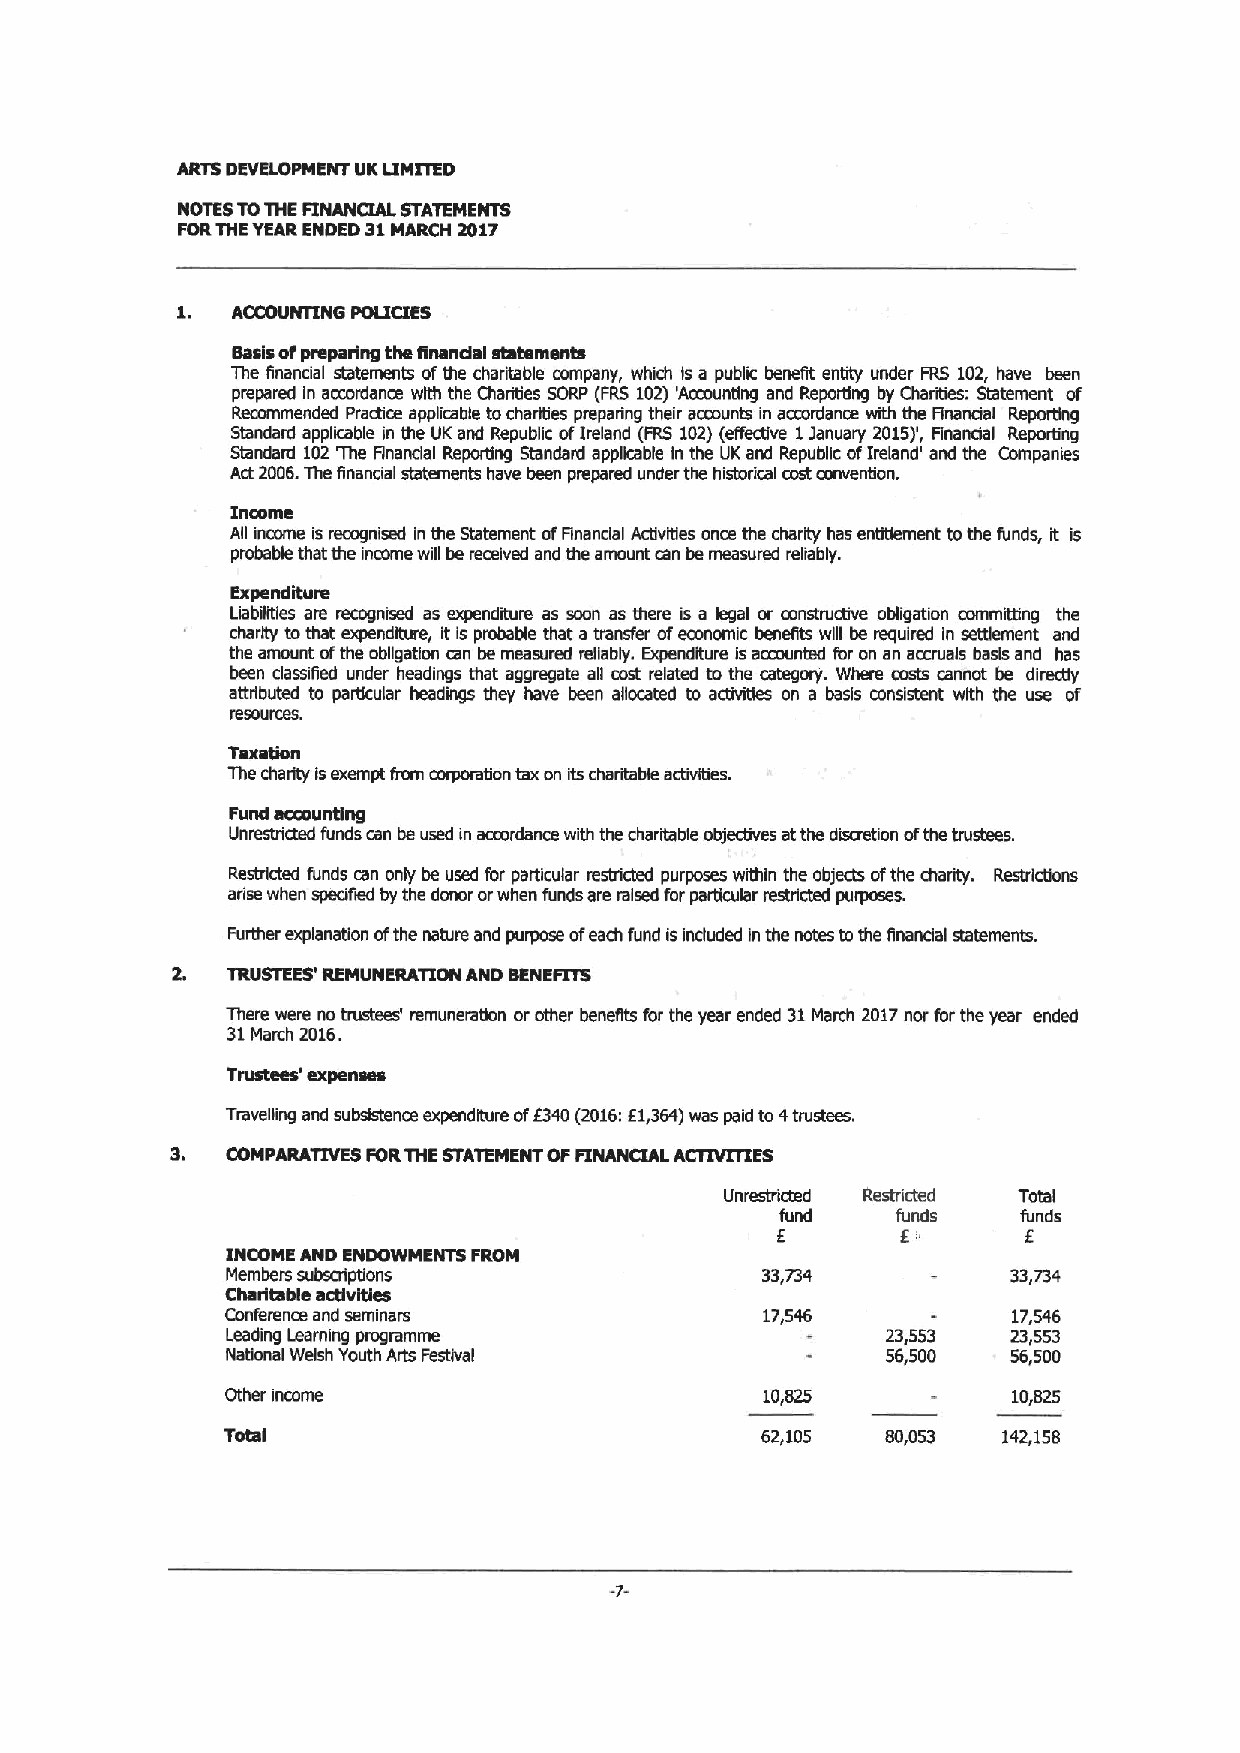
ARTS DEVELOPMENT UKLIMITED
 NOTES TOTHE FINANCIAL STATEMENTS
 FORTHEYEARENDED 31 MARCH 2017
 ACCOUNTING POLICIES
 Basisofpre?Paring the finandal atotementx
 The hnancial statements ofthe charitable company, which Is a public benefit entity under FRS 102, have been
 prepared in accordance with the Charities SORP (FRS 102) 'Acmunting and Reporting by Charities: Sb?tsment of
 Recommended Pradice applicable tochanges preparing their accounts in aomrdance with the Flnanaal Reporting
 Standard applicable in the UK and Repubfic ofIreland (FRS 102)(elfectlve 1January 2015)', Financial Reporting
 Slandard 102'Ihe Bnandal Repordng Standard applicable In the UKand Repubfic ofIreland' and the Companies
 Act 2006.The financial statements have been prepared under the hisiodical ccstconvention.
 Income
 Afi income is recognised in the Statement ofFinancial Acbvities once the charity has entidement tothe funds, it is
 probable that the income will be mcelved and the amount can be measured reliably.
 Expenditure
 Liabilities are recognised as expenditure as soon as there is a legal or consbu?five obligation commfidng the
 charity tothat expenditure, ItIs probable that a transfer ofeconomic benefits wlfi be requhed In settlement and
 the amount ofthe obfigatlon can be measured refiably. Expenditure Isaccounted for on an accruals basis and has
 been classified under headings that aggregate all cost related to the category. Where costs cannot be dire?sly
 attribuled to particular headings they have been allocated to acti?sties on a basis consistent with the use of
 msourres.
 Taxation
 The charity isexempt from corporation tax on its charitable acbvtties.
 Fund accounting
 Unrestricted funds can be used in accordance with the charitable objectives atthe discretion ofthe trustees.
 Restricted funds can only be used for particular msbicted purposes within the objeds ofthe charity. Restrictions
 anise when specified by the donor orwhen funds are raised for particular restricted purposes.
 Further explanation ofthe nature and purpose ofeach fund isinduded Inthe notes tothe flnandal statements.
 TRUSTEES' REMUNERATION AND BENEFITS
 Them were no trustees' remunerabon orother benefits for the year ended 31March 2017nor for the year ended
 31March 2016.
 Trustees' expenses
 Travelling and subsistence expenditure of1340(2016:61,364)was paid to4trustees.
 COMPARATIVES PORTHE STATEMENT OFFINANCXAL ACTIVITIES
 Unrestricted Restricted Total
 fund   funds    funds
 I        I
 6
 INCOME AND ENDOWMENTS FROM
 Members subscrlptlons              33,734           33,734
 Charitable adivities
 Conference and seminars            17,546           17,546
 Leading Learning programme                  23,553  23,553
 National Welsh Youth Arts Festival          56,500  56,500
 Other income                       10,825           10,825
 Total                              62,105   80,053 142,158